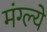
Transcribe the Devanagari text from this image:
मंग्ल्ये